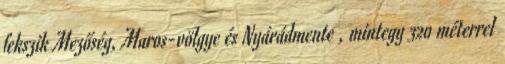
fekszik Mezőség, Maros-völgye és Nyárádmente , mintegy 320 méterrel